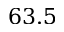
6 3 . 5